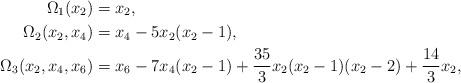
LaTeX: \begin{align*}\Omega_1(x_2) &= x_2,\\\Omega_2(x_2, x_4) &= x_4 - 5x_2(x_2-1),\\\Omega_3(x_2, x_4, x_6) &= x_6 - 7x_4(x_2-1) + \frac{35}{3} x_2(x_2 - 1)(x_2 - 2) + \frac{14}{3} x_2,\end{align*}